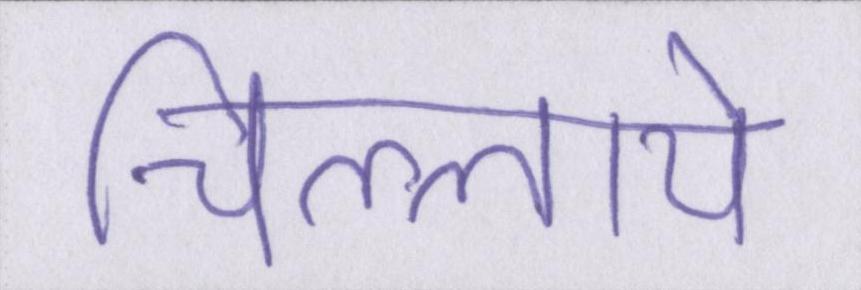
चिल्लाये